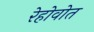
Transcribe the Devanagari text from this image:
रेहोवोत